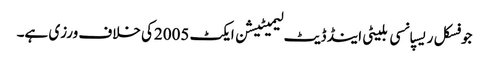
جو فسکل ریسپانسی بلیٹی اینڈ ڈیٹ لیمیٹیشن ایکٹ 2005کی خلاف ورزی ہے۔